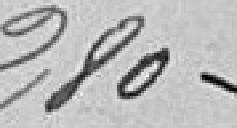
280